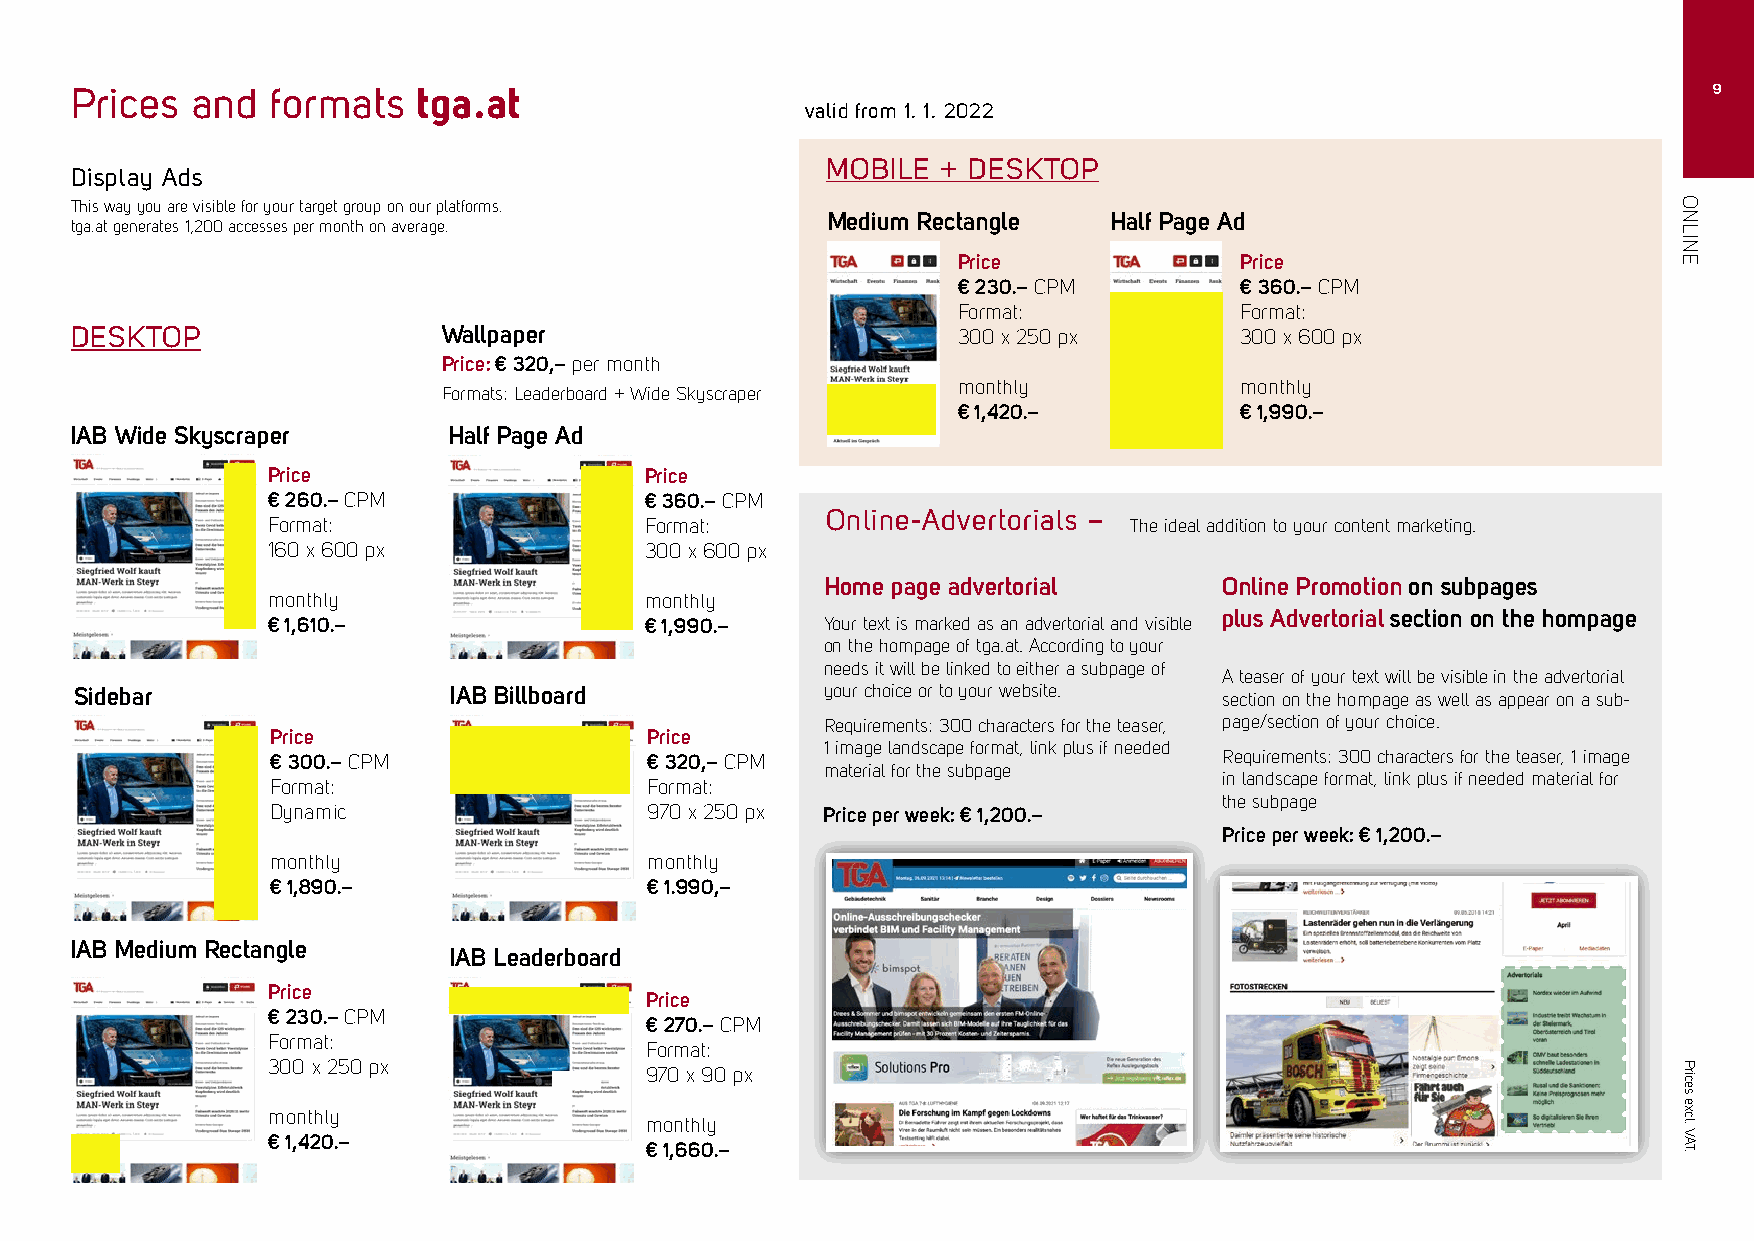
Prices  and  formats   tga.at                                                                               9
 valid from 1. 1. 2022
 MOBILE + DESKTOP
 Display Ads
 This way you are visible for your target group on our platforms.
 Medium Rectangle  Half Page Ad
 tga.at generates 1,200 accesses per month on average.
 Price              Price
 € 230.– CPM        € 360.– CPM
 Format:            Format:
 DESKTOP                 Wallpaper                         300 x 250 px       300 x 600 px
 Price: € 320,– per month
 monthly            monthly
 Formats: Leaderboard + Wide Skyscraper
 € 1,420.–          € 1,990.–
 IAB Wide Skyscraper      Half Page Ad
 Price                    Price
 € 260.– CPM              € 360.– CPM
 Online-Advertorials –
 Format:                  Format:                         The ideal addition to your content marketing.
 160 x 600 px             300 x 600 px
 Home page advertorial     Online Promotion on subpages
 monthly                  monthly
 plus Advertorial section on the hompage
 € 1,610.–                € 1,990.–   Your text is marked as an advertorial and visible
 on the hompage of tga.at. According to your
 needs it will be linked to either a subpage of
 A teaser of your text will be visible in the advertorial
 Sidebar                  IAB Billboard            your choice or to your website. section on the hompage as well as appear on a sub-
 Requirements: 300 characters for the teaser, page/section of your choice.
 Price                    Price
 1 image landscape format, link plus if needed
 € 300.– CPM              € 320,– CPM                           Requirements: 300 characters for the teaser, 1 image
 material for the subpage
 in landscape format, link plus if needed material for
 Format:                  Format:
 the subpage
 Dynamic                  970 x 250 px Price per week: € 1,200.–
 Price per week: € 1,200.–
 monthly                  monthly
 € 1,890.–                € 1.990,–
 IAB Medium Rectangle
 IAB Leaderboard
 Price
 Price
 € 230.– CPM
 € 270.– CPM
 Format:
 Format:
 300 x 250 px             970 x 90 px
 monthly
 monthly
 € 1,420.–
 € 1,660.–
 ONLINE
 Prices
 excl.
 VAT.